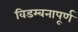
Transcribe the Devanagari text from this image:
विडम्बनापूर्ण